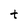
Character: t